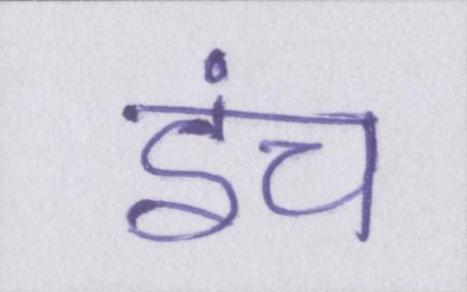
इंच